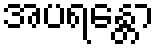
အပရန္တော